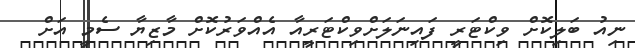
ނިއު ބަލިކޮށް ވިކްޓަރީ ފައިނަލަށްވިކްޓަރީއާ އެއްވަރުކޮށް މާޒިޔާ ސެމީ އަށް